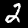
Label: 2